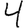
Digit: 4